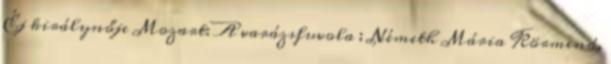
Éj királynője Mozart: A varázsfuvola ; Németh Mária Körmend,